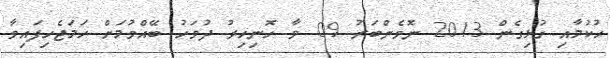
ޙުކުމާއި ގުޅިގެން 2013 ނޮވެންބަރު 09 ވާ ހޮނިހިރު ދުވަހު ބޭއްވުމަށް ހަމަޖެހިފައިވާ